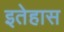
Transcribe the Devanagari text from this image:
इतेहास